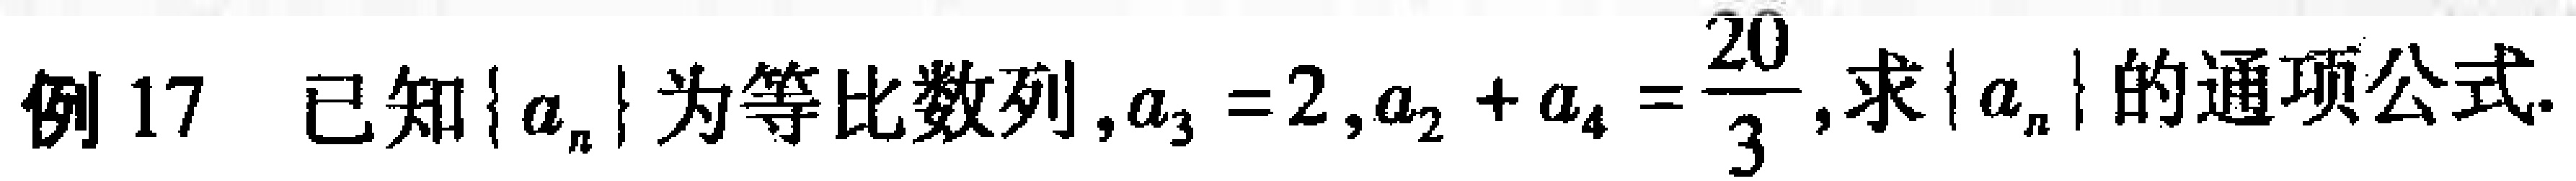
例 17 已知\(\{ a_{n}\}\)为等比数列，\(a_{3}=2\)，\(a_{2}+a_{4}=\frac{20}{3}\)，求\(\{ a_{n}\}\)的通项公式.